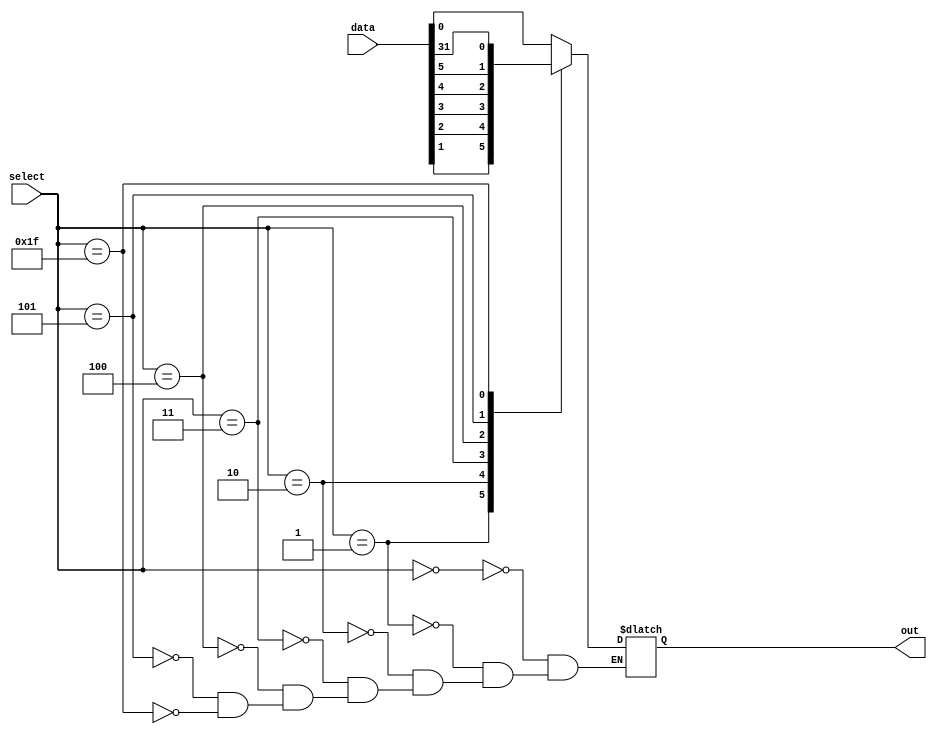
module mux_32to1 (
    input [31:0] data,
    input [4:0] select,
    output reg out
);

always @(*)
begin
    case (select)
        5'b00000: out = data[0];
        5'b00001: out = data[1];
        5'b00010: out = data[2];
        5'b00011: out = data[3];
        5'b00100: out = data[4];
        5'b00101: out = data[5];
        // continue for the rest of the input lines
        5'b11111: out = data[31];
    endcase
end

endmodule